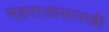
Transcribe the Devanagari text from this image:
महराजांसारखी